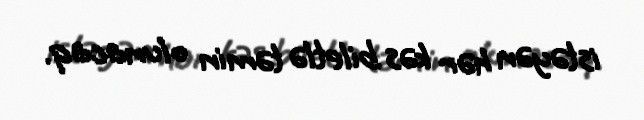
istəyən hər kəs biletlə təmin olunacaq.